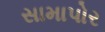
સામાપોર